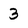
Character: 3